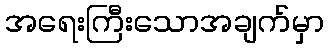
အရေးကြီးသောအချက်မှာ